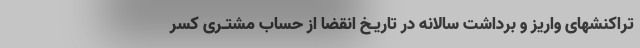
تراکنشهای واریز و برداشت سالانه در تاریـخ انقضا از حساب مشتـری کسر